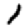
Digit: 1